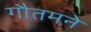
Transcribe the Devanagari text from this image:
गौतमने